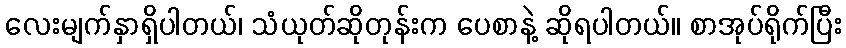
လေးမျက်နှာရှိပါတယ်၊ သံယုတ်ဆိုတုန်းက ပေစာနဲ့ ဆိုရပါတယ်။ စာအုပ်ရိုက်ပြီး